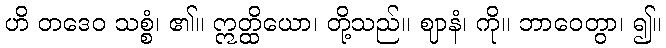
ဟိ တဒေဝ သစ္စံ၊ ၏။ ဣတ္ထိယော၊ တို့သည်။ ဈာနံ၊ ကို။ ဘာဝေတွာ၊ ၍။